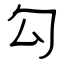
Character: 勾